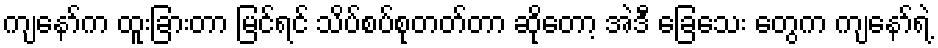
ကျနော်က ထူးခြားတာ မြင်ရင် သိပ်စပ်စုတတ်တာ ဆိုတော့ အဲဒီ ခြေသေး တွေက ကျနော်ရဲ့